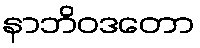
နာဘိဝဒတော